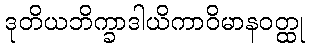
ဒုတိယဘိက္ခာဒါယိကာဝိမာနဝတ္ထု